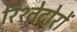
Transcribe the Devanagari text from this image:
रिश्तेदोरों